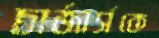
চার্জার্সকে